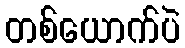
တစ်ယောက်ပဲ